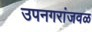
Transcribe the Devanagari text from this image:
उपनगरांजवळ